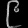
Digit: ၉